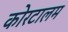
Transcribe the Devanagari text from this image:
कोरटालम